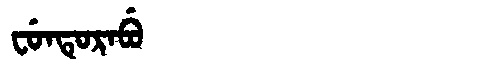
Manchu: ᠸᡠᠨᡨᡠᡵᠠᠪᡠ
Romanization: FUNTURABU